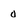
Character: 0